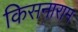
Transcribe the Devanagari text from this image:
किसनाराम